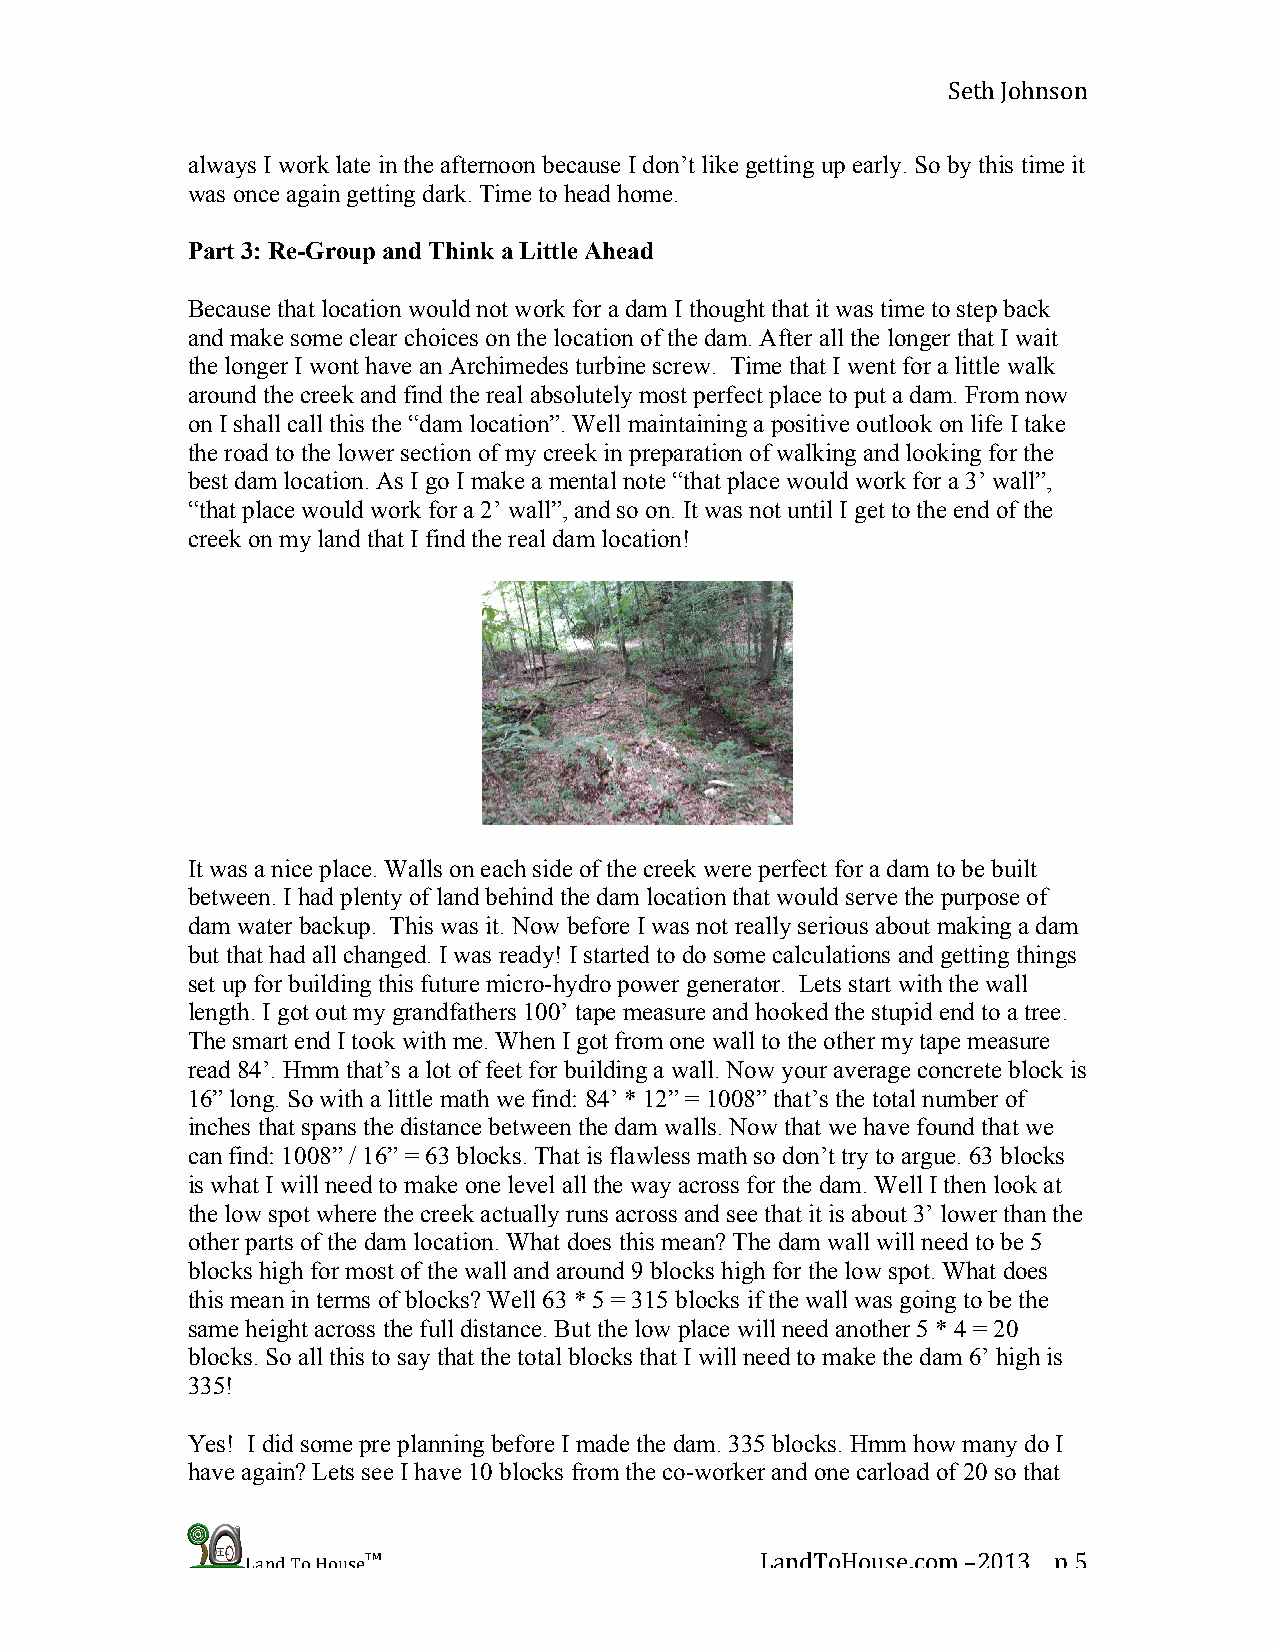
Seth Johnson
 always I work late in the afternoon because I don’t like getting up early. So by this time it
 was once again getting dark. Time to head home.
 Part 3: Re-Group and Think a Little Ahead
 Because that location would not work for a dam I thought that it was time to step back
 and make some clear choices on the location of the dam. After all the longer that I wait
 the longer I wont have an Archimedes turbine screw. Time that I went for a little walk
 around the creek and find the real absolutely most perfect place to put a dam. From now
 on I shall call this the “dam location”. Well maintaining a positive outlook on life I take
 the road to the lower section of my creek in preparation of walking and looking for the
 best dam location. As I go I make a mental note “that place would work for a 3’ wall”,
 “that place would work for a 2’ wall”, and so on. It was not until I get to the end of the
 creek on my land that I find the real dam location!
 It was a nice place. Walls on each side of the creek were perfect for a dam to be built
 between. I had plenty of land behind the dam location that would serve the purpose of
 dam water backup. This was it. Now before I was not really serious about making a dam
 but that had all changed. I was ready! I started to do some calculations and getting things
 set up for building this future micro-hydro power generator. Lets start with the wall
 length. I got out my grandfathers 100’ tape measure and hooked the stupid end to a tree.
 The smart end I took with me. When I got from one wall to the other my tape measure
 read 84’. Hmm that’s a lot of feet for building a wall. Now your average concrete block is
 16” long. So with a little math we find: 84’ * 12” = 1008” that’s the total number of
 inches that spans the distance between the dam walls. Now that we have found that we
 can find: 1008” / 16” = 63 blocks. That is flawless math so don’t try to argue. 63 blocks
 is what I will need to make one level all the way across for the dam. Well I then look at
 the low spot where the creek actually runs across and see that it is about 3’ lower than the
 other parts of the dam location. What does this mean? The dam wall will need to be 5
 blocks high for most of the wall and around 9 blocks high for the low spot. What does
 this mean in terms of blocks? Well 63 * 5 = 315 blocks if the wall was going to be the
 same height across the full distance. But the low place will need another 5 * 4 = 20
 blocks. So all this to say that the total blocks that I will need to make the dam 6’ high is
 335!
 Yes! I did some pre planning before I made the dam. 335 blocks. Hmm how many do I
 have again? Lets see I have 10 blocks from the co-worker and one carload of 20 so that
 Land To House™                    LandToHouse.com –2013 p 5